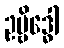
ဥဗ္ဗိဒ္ဓေါ